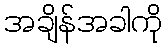
အချိန်အခါကို